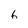
Character: 6